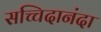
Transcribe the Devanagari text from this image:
सच्चिदानंदा